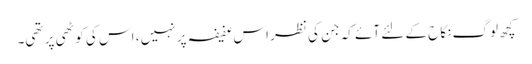
کچھ لوگ نکاح کے لئے آئے کہ جن کی نظر اس عفیفہ پر نہیں ، اس کی کوٹھی پر تھی۔